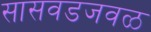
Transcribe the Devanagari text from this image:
सासवडजवळ